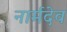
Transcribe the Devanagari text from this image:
नार्मदेव